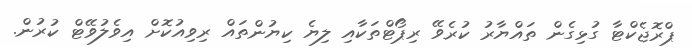
ޕްރޮޖެކްޓާ ގުޅިގެން ތައްޔާރު ކުރެވޭ ރިޕޯޓްތަކާއި ލިޔެ ކިޔުންތައް ރިވިއުކޮށް އިވެލުވޭޓް ކުރުން.